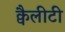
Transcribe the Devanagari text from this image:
क्वैलीटी